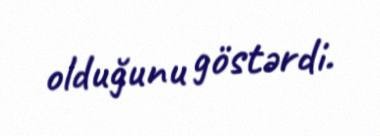
olduğunu göstərdi.